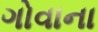
ગોવાના